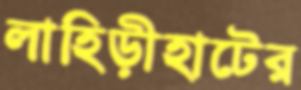
লাহিড়ীহাটের